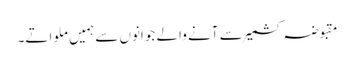
مقبوضہ کشمیر سے آنے والے جوانوں سے ہمیں ملواتے۔